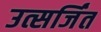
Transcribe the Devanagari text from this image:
उत्सर्जिंत